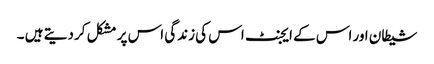
شیطان اور اس کے ایجنٹ اس کی زندگی اس پر مشکل کر دیتے ہیں ۔